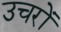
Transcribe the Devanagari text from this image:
उचरों